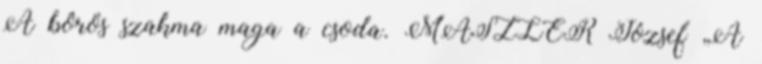
A bôrös szakma maga a csoda. MASZLER József „A